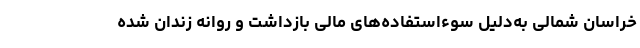
خراسان شمالی به‌دلیل سوءاستفاده‌های مالی بازداشت و روانه زندان شده